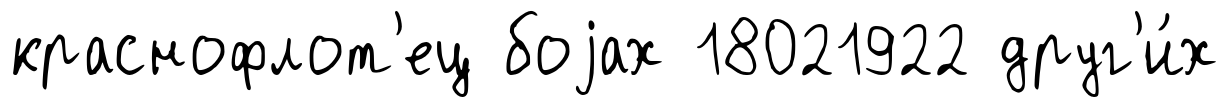
краснофлот'ец боjах 18021922 друг'и́х